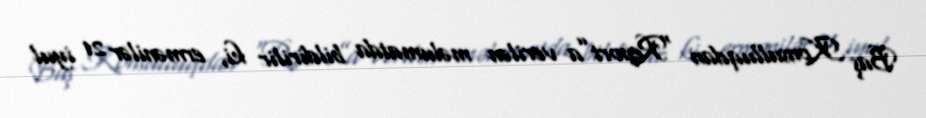
Baş Konsulluqdan “Report”a verilən məlumatda bildirilir ki, ermənilər 21 iyul